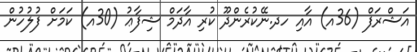
އަޝްރަފް (36އ) އާއި ހދ.ނޭކުރެންދޫ ކުރި އާދަމް ޝިފާޢު (30އ) ކަމަށް ފުލުހުން